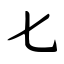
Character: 七